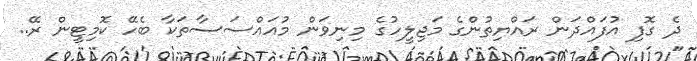
ދެ ގޮފި އުފައްދަން ރައްޔިތުންގެ މަޖިލީހުގެ މިނިވަން މުއައްސަސާތަކާ ބެހޭ ކޮމިޓީން ރޭ..